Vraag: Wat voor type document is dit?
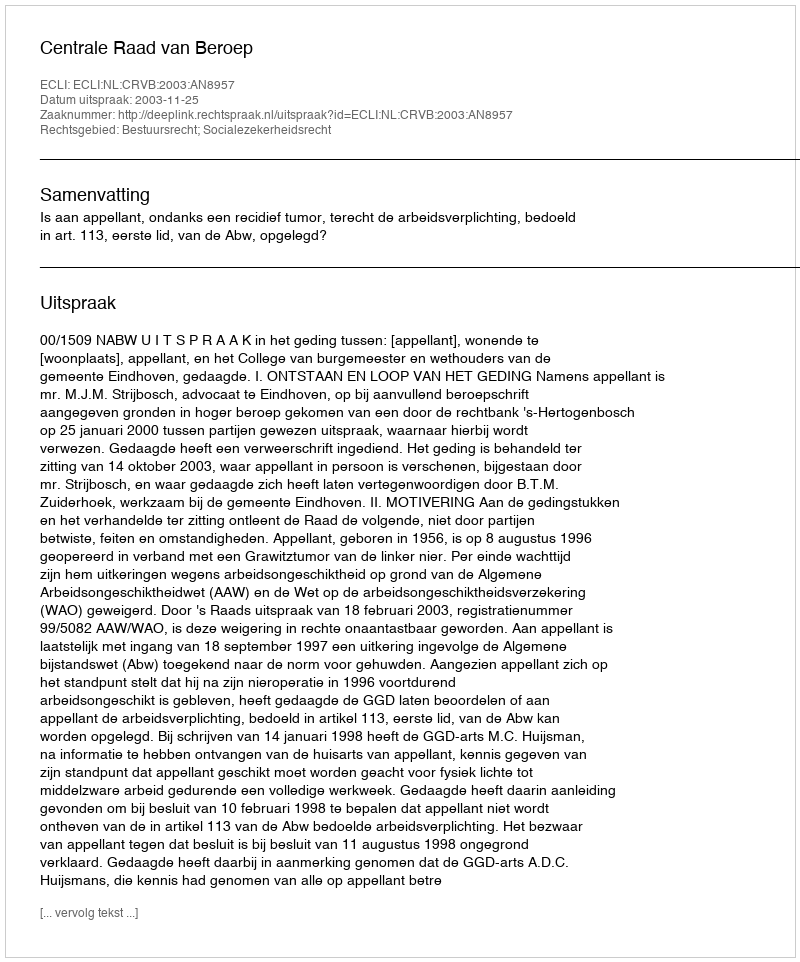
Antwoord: Uitspraak